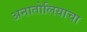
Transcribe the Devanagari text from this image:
अनातोलियाचा